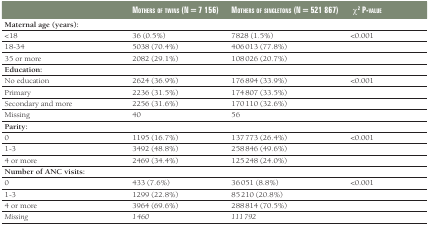
<table><thead><tr><td></td><td><b>Mothers of twins (N = 7 156)</b></td><td><b>Mothers of singletons (N = 521 867)</b></td><td><b>χ<sup>2</sup><i>P</i>-value</b></td></tr></thead><tbody><tr><td colspan="4"><b>Maternal age (years):</b></td></tr><tr><td>&lt;18</td><td>36 (0.5%)</td><td>7828 (1.5%)</td><td>&lt;0.001</td></tr><tr><td>18-34</td><td>5038 (70.4%)</td><td>406 013 (77.8%)</td><td></td></tr><tr><td>35 or more</td><td>2082 (29.1%)</td><td>108 026 (20.7%)</td><td></td></tr><tr><td colspan="4"><b>Education:</b></td></tr><tr><td>No education</td><td>2624 (36.9%)</td><td>176 894 (33.9%)</td><td>&lt;0.001</td></tr><tr><td>Primary</td><td>2236 (31.5%)</td><td>174 807 (33.5%)</td><td></td></tr><tr><td>Secondary and more</td><td>2256 (31.6%)</td><td>170 110 (32.6%)</td><td></td></tr><tr><td><i>Missing</i></td><td><i>40</i></td><td><i>56</i></td><td></td></tr><tr><td colspan="4"><b>Parity:</b></td></tr><tr><td>0</td><td>1195 (16.7%)</td><td>137 773 (26.4%)</td><td>&lt;0.001</td></tr><tr><td>1-3</td><td>3492 (48.8%)</td><td>258 846 (49.6%)</td><td></td></tr><tr><td>4 or more</td><td>2469 (34.4%)</td><td>125 248 (24.0%)</td><td></td></tr><tr><td colspan="4"><b>Number of ANC visits:</b></td></tr><tr><td>0</td><td>433 (7.6%)</td><td>36 051 (8.8%)</td><td>&lt;0.001</td></tr><tr><td>1-3</td><td>1299 (22.8%)</td><td>85 210 (20.8%)</td><td></td></tr><tr><td>4 or more</td><td>3964 (69.6%)</td><td>288 814 (70.5%)</td><td></td></tr><tr><td><i>Missing</i></td><td><i>1 460</i></td><td><i>111 792</i></td><td></td></tr></tbody></table>